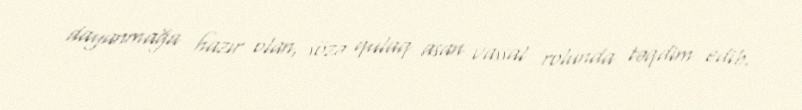
dayanmağa hazır olan, sözə qulaq asan vassal rolunda təqdim edib.